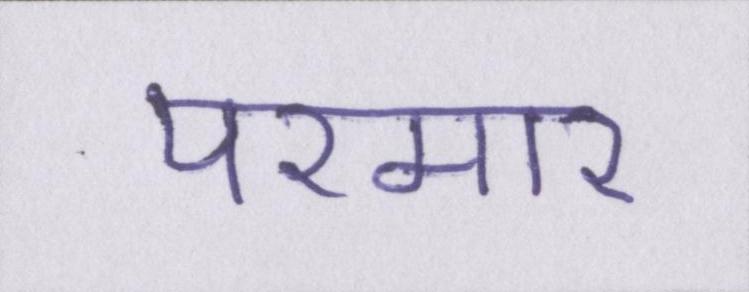
परमार